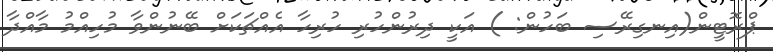
ޕްރޮޓީން(އިނގިރޭސި ބަހުން: ) އަކީ ދިރުންހުރި ހުރިހާ އެއްޗަކަށް ބޭނުންވާ މުހިއްމު މާއްދާ